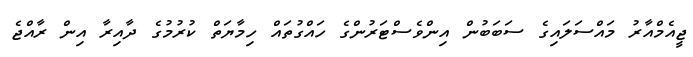
ޖީއެމްއާރު މައްސަލައިގެ ސަބަބުން އިންވެސްޓަރުންގެ ހައްގުތައް ހިމާޔަތް ކުރުމުގެ ދާއިރާ އިން ރާއްޖެ